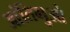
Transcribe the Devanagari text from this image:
आंतिगुओ